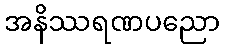
အနိဿရဏပညော